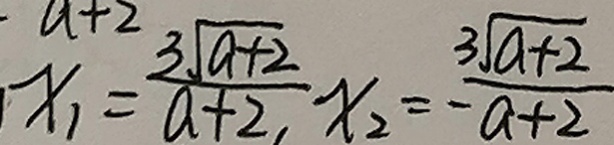
x _ { 1 } = \frac { 3 \sqrt { a + 2 } } { a + 2 } , x _ { 2 } = \frac { 3 \sqrt { a + 2 } } { a + 2 }